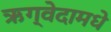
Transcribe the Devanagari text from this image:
ऋग्वेदामधे